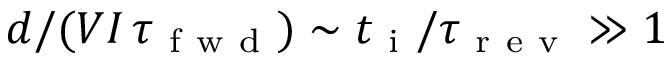
d / ( V I \, \tau _ { \mathrm { ~ f ~ w ~ d ~ } } ) \sim t _ { \mathrm { ~ i ~ } } / \tau _ { \mathrm { ~ r ~ e ~ v ~ } } \gg 1